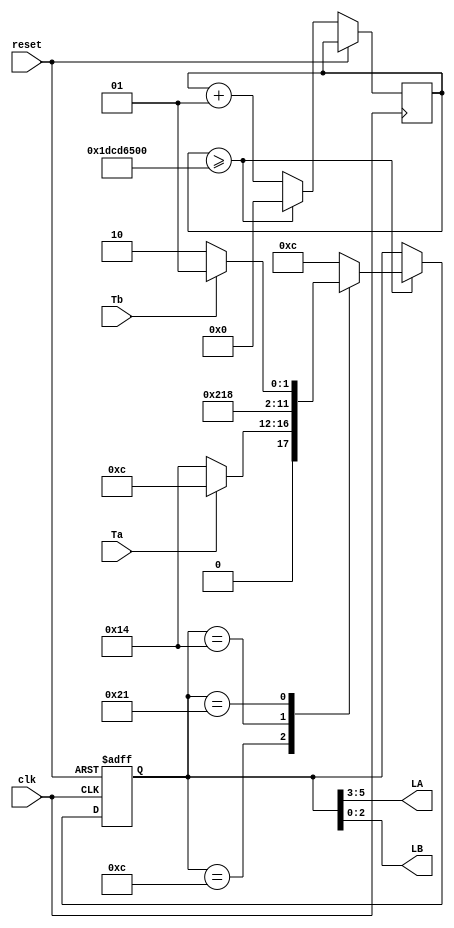
`timescale 1ns / 1ps
//////////////////////////////////////////////////////////////////////////////////
// Company: 
// Engineer: 
// 
// Design Name: 
// Module Name:    MorreFSM 
// Project Name: 
// Target Devices: 
// Tool versions: 
// Description: 
//
// Dependencies: 
//
// Revision: 
// Revision 0.01 - File Created
// Additional Comments: 
//
//////////////////////////////////////////////////////////////////////////////////
module MorreFSM(input clk,input reset,
					input Ta,input Tb,
					output wire[2:0] LA,output wire[2:0] LB);
	reg[5:0] state,nextState;
	integer counter=0;
	//red= 00 yellow=01 green=11
	//bit1:red;	bit2:yellow;	bit3:green
	//states
	parameter S0=6'b001100;
	parameter S1=6'b010100;
	parameter S2=6'b100001;
	parameter S3=6'b100010;
	//states reg
	always@(posedge clk,posedge reset)
	begin
		//
		if(reset)
			state<=S0;
		else
		begin
			//timer 5 for deubg ,500_000_000 for use;
			if(counter>=500_000_000)
			begin
				state<=nextState;
				counter<=0;
			end
			else
				counter<=counter+1;
		end
	end
	//refresh nextState
	always@(*)
		case(state)
			S0:if(!Ta)
					nextState=S1;
				else
					nextState=S0;
			S1:nextState=S2;
			S2:if(!Tb)
					nextState=S3;
				else
					nextState=S2;
			S3:nextState=S0;
			default nextState=S0;
		endcase
	//update output
	assign LA=state[5:3];
	assign LB=state[2:0];
endmodule